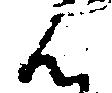
ん